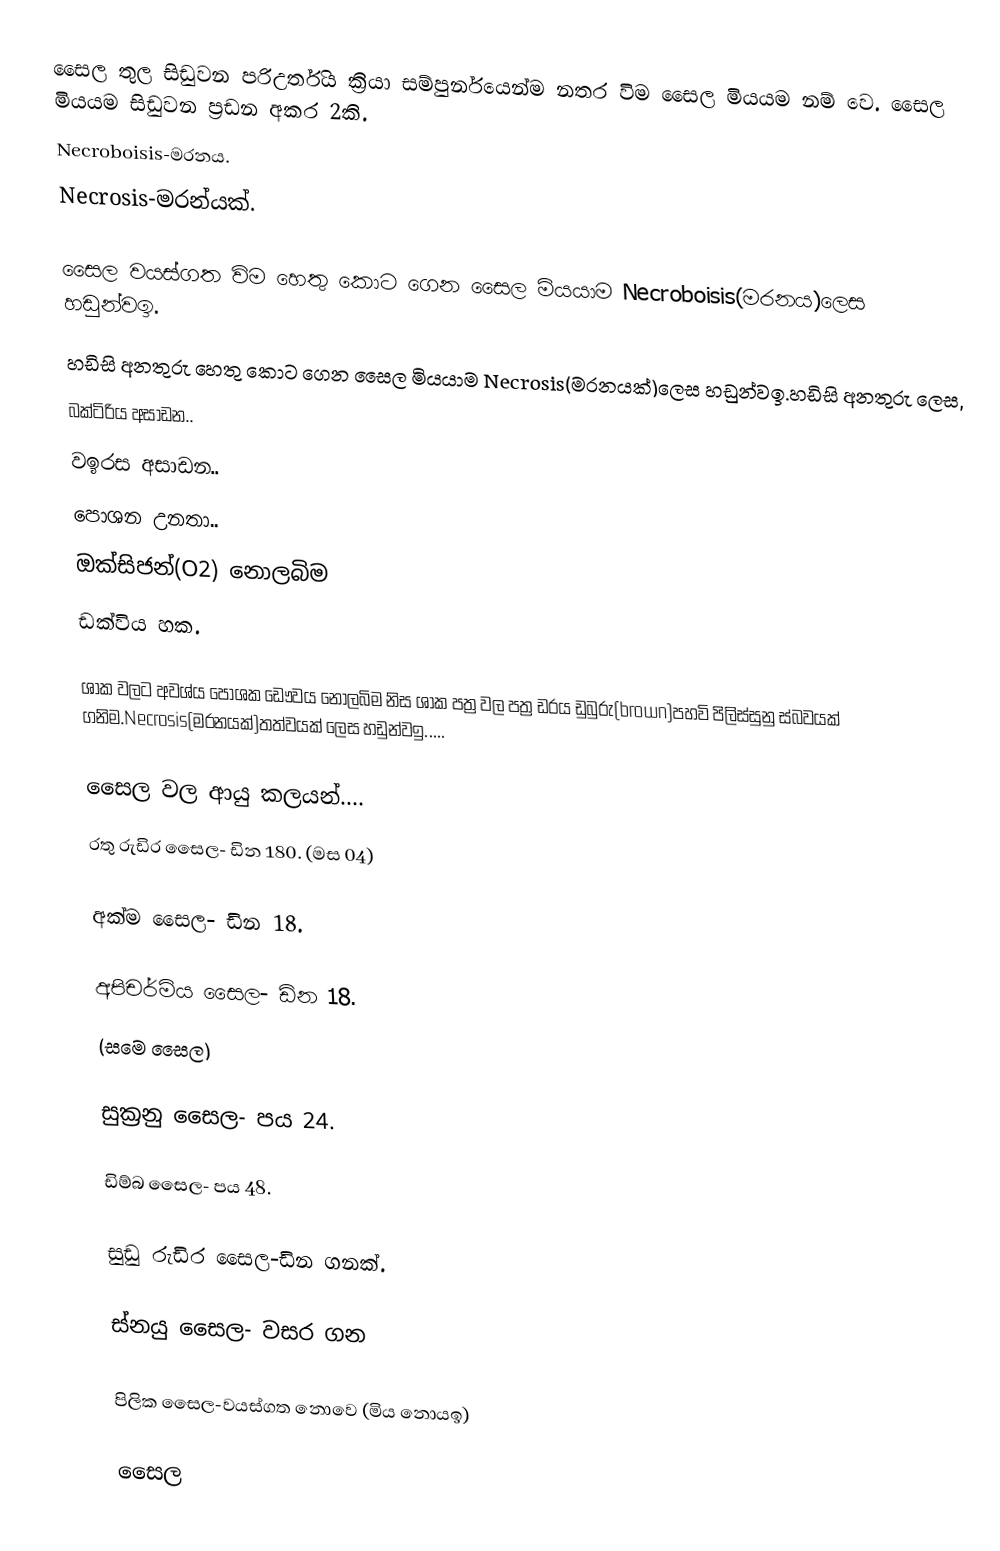
සෛල තුල සිඩුවන පරිඋර්තිය ක්‍රියා සම්පුර්නයෙන්ම නතර විම සෛල මියයම නම් වෙ. සෛල මියයම සිඩුවන ප්‍රඩන අකර 2කි.
 Necroboisis-මරනය.
 Necrosis-මරන්යක්.

සෛල වයස්ගත විම හෙතු කොට ගෙන සෛල මියයාම Necroboisis(මරනය)ලෙස හඩුන්වඉ.
හඩිසි අනතුරු හෙතු කොට ගෙන සෛල මියයාම Necrosis(මරනයක්)ලෙස හඩුන්වඉ.හඩිසි අනතුරු ලෙස,
 බක්ටිරිය අසාඩන..
 වඉරස අසාඩන..
 පොශන උනතා..
 ඔක්සිජන්(O2)  නොලබිම
ඩක්විය හක.

ශාක වලට අවශ්ය පොශක ඩෞවය නොලබිම නිස ශාක පත්‍ර වල පත්‍ර ඩරය ඩුබුරු(brown)පහවි පිලිස්සුනු ස්බවයක් ගනිම.Necrosis(මරනයක්)තත්වයක් ලෙස හඩුන්වඉ.....

සෛල වල ආයු කලයන්....
රතු රුඩිර සෛල-  ඩින 180.                                   (මස 04)

අක්ම සෛල-             ඩින 18.

අපිචර්මිය සෛල-  ඩින 18.
(සමෙ සෛල)

සුක්‍රනු සෛල-          පය 24.

ඩිම්බ සෛල-             පය 48.

සුඩු රුඩිර සෛල-ඩින ගනක්.

ස්නයු සෛල-     වසර ගන

පිලික සෛල-වයස්ගත නොවෙ (මිය නොයඉ)

සෛල